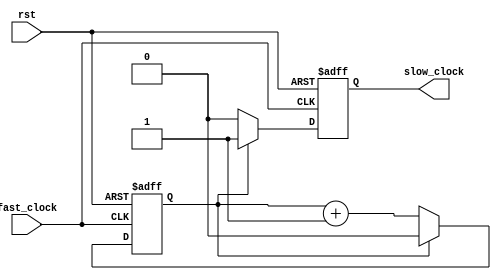
module prescaler #(parameter COUNTER_SIZE = 1)(
input fast_clock, rst,
output reg slow_clock
);

 //formula es a=FRECLK/FRECDES, cntsize = log(a, 2)
localparam MAX_SIZE = 2**(COUNTER_SIZE)-1;

reg [COUNTER_SIZE-1:0] count;

always@(posedge fast_clock, negedge rst)
begin
	if(!rst)
		begin
			count <= 0;
			slow_clock <= 1'b0;
		end
	else
		begin
			if(count==MAX_SIZE)
				begin
					count <= 0;
					slow_clock <= 1'b1;
				end
			else
				begin
					count <= count + 1'b1;
					slow_clock <= 1'b0;
				end
		end
end
endmodule